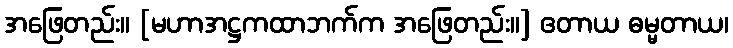
အဖြေတည်း။ [မဟာအဋ္ဌကထာဘက်က အဖြေတည်း။] ဧတာယ ဓမ္မတာယ၊